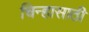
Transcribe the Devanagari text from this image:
चिन्हासाठी